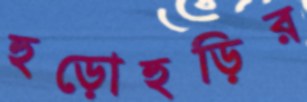
হুড়োহুড়ির